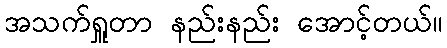
အသက်ရှူတာ နည်းနည်း အောင့်တယ်။